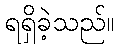
ရရှိခဲ့သည်။